Calcutta medical institutions reports 1871-78
Year: 1871
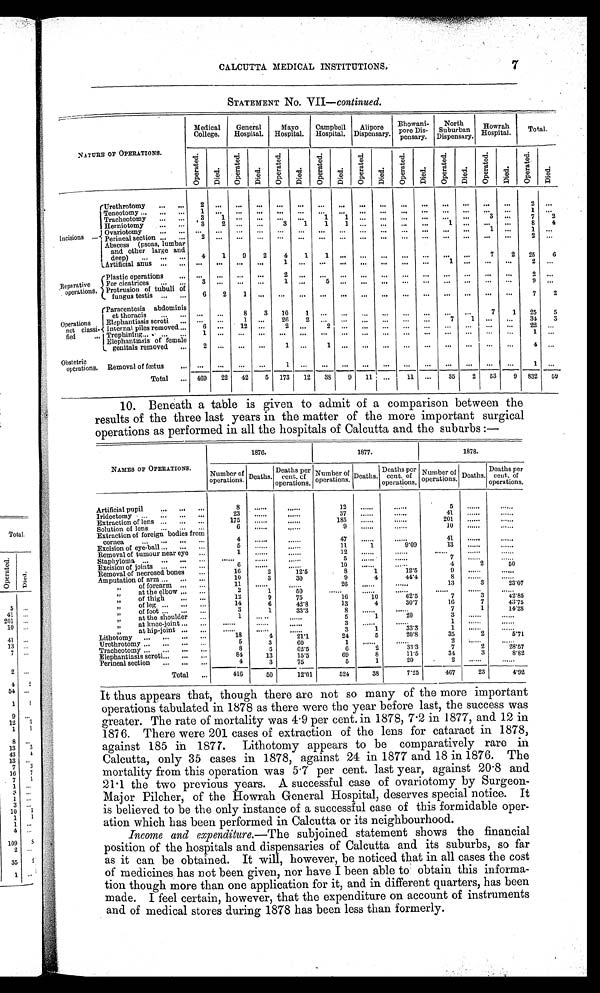
CALCUTTA MEDICAL INSTITUTIONS.
7
STATEMEDT No VII-continued.
NATURE OF OPERATIONS.
Medical
College.
General
Hospital.
Mayo
Hospital.
Campbell
Hospital.
Alipore
Dispensary'
Bhowani-
pore Dis-
pensary.
North
Suburban
dispensary
Howrah
Hospital.
Total.
Oper at ed. Di ed.
Op e r a t e d .
Died. Op e r a t e d . Op e r a t e d .
Died.
Op e r a t e d .
Di ed.
Op e r a t e d .
Di ed.
Oper at ed.
Ope r a t e d.
Di e d.
Op e r a t e d .
Died.
Ope r a t e d.
Died.
Incisions
Urethrotomy
2
. . . ...
. . .
. . .
. . .
. . .
. . .
. . .
. . .
. . .
. . .
. . .
. . .
. . .
. . .
2
. . .
Teneotomy
1
. . .
. . .
. . .
. . .
. . .
. . .
. . .
. . .
. . .
. . .
. . .
. . .
. . .
. . .
. . . 1
. . .
Tracheotomy
3
1
. . .
. . .
. . . . . .
1
1
. . . ...
... ... ... ...
3
. . . 7
2
Herniotomy
3
2
. . . ...
3
1
1
1 . . . ... ... ...
1 ... ... ...
8
4
Ovariotomy
. . .
. . .
. . . ... ...
. . .
. . .
. . . . . .
. . .
. . .
. . .
. . .
. . .
1
. . .
1
. . .
Perineal section
2 ...
. . .
. . .
. . .
. . .
. . .
. . .
. . .
. . .
. . .
. . .
. . .
. . .
. . .
. . .
2 . . .
Abscess (psoas, lumbar
and other large and
deep)
4
1 9
2
4
1
1 ... ...
. . . ...
. . .
. . .
. . .
7
2 25
6
Artificial anus
...
. . .
. . .
. . . 1
. . .
. . .
. . .
. . .
. . .
. . .
. . . 1
. . .
. . .
. . .
2 ...
Reparative
operations.
Plastic OPerationa
. . .
. . .
. . .
. . .
2
. . .
. . .
. . .
. . .
. . .
. . .
. . .
. . .
. . .
. . .
. . .
2
. . .
For cicatrices
3 ... ... ...
1
. . . 5
. . .
. . .
. . .
. . .
. . .
. . .
. . .
. . .
. . .
9
. . .
Protrusion of tubuli of
fungus testis
6
2
1
. . .
. . .
. . .
. . .
. . .
. . .
. . .
. . .
. . .
. . .
. . .
. . .
. . . 7
2
Operations
not classi-
fied
(Paracentesis abdominis
et thoracis
. . . ...
8
3 10
1
. . .
. . .
. . .
. . .
. . .
. . .
. . .
. . .
7
1 25
5
Elephantiasis scroti
... ...
1 ... 26
2
. . .
. . .
. . .
. . . ...
. . . 7
1
. . .
. . . 34
3
Internal piles removed
6 ...
12 ...
2 ...
2
. . .
. . .
. . .
. . . . . . ...
. . .
. . . ...
22
. . .
Trephining
1
. . .
. . .
. . .
. . .
. . .
. . .
. . .
. . . ... ... ...
... ... ... ...
1
...
Elephantiasis of female
genitals removed
2
. . .
. . .
. . . 1
. . . 1
. . .
. . .
. . .
. . .
. . .
. . .
. . .
. . .
. . . 4 ...
Obstetric
operations. Removal of foetus
. . .
. . .
. . .
. . . 1
. . .
. . . ... ...
. . .
. . . ... ... ... ... ...
1 ...
Total
469 22 42
5 173 12 38
9 11 ...
11
. . . 35
2 53 9 832
5 9
10. Beneath a table is given to admit of a comparison between the
results of the three last years in the matter of the more important surgical
operations as performed in all the hospitals of Calcutta and the suburbs :—
NAMES OF OPERATIONS.
1876.
1877.
1878.
Number of
operations.
Deaths. Deaths per
cent. of
operations.
Number of
operations. Deaths.
Deaths per
cent. of
operations.
Number of
operations. Deaths.
Deaths per
cent. of
operations.
Artificial pupil
8
. . . . . .
. . . . . .
12
. . . . . .
. . . . . .
5
. . . . . .
......
Iridectomy
23
. . . . . .
. . . . . .
37
. . . . . .
. . . . . .
41
. . . . . .
. . . . . .
Extraction of lens
175
. . . . . .
. . . . . .
185
. . . . . .
. . . . . .
201
. . . . . .
. . . . . .
Solution of lens
6 ......
. . . . . .
9
. . . . . .
. . . . . .
10
. . . . . .
. . . . . .
Extraction of foreign bodies from
cornea
4
. . . . . .
. . . . . .
47
. . . . . .
. . . . . .
41
. . . . . .
. . . . . .
Excision of eye-ball
5 ......
......
11
1
9.09
13
. . . . . .
. . . . . .
Removal of tumour near eye
1 ......
......
12
. . . . . .
. . . . . .
. . . . . .
. . . . . .
. . . . . .
Staphyloma
......
. . . . . .
. . . . . .
5
. . . . . .
. . . . . .
7
. . . . . .
. . . . . .
Excision of joints
6 ......
......
10
. . . . . .
. . . . . .
4
2
50
Removal of necrosed bones
16
2
12.5
8
1
12.5
9 ......
. . . . . .
Amputation of arm
10
3
30
9
4
44.4
8
. . . . . .
. . . . . .
,, of forearm
11 ......
. . . . . .
26
. . . . . .
. . . . . .
13
3
23.07
, , a t t h e e l b o w
2
1
5 0
......
. . . . . .
. . . . . .
. . . . . .
. . . . . .
. . . . . .
,,
of thigh
12
9
75
16
10
62.5
7
3
42.85
,, of leg
14
6
42.8
13
4
30.7
16
7
43.75
,,
of foot
3
1
33.3
8
. . . . . .
. . . . . .
7
1
14.28
,, at the shoulder
1
. . . . . .
......
5
1
20
3 ......
. . . . . .
,, at knee-joint
. . . . . .
. . . . . .
. . . . . .
3
. . . . . .
. . . . . .
1
. . . . . .
. . . . . .
, , a t h i p - j o i n t
. . . . . .
. . . . . . ......
3
1
33.3
1
......
......
Lithotomy
18
4
21.1
24
5
20.8
35
2
5.71
Urethrotomy
5
3
60
1
. . . . . .
. . . . . .
2
. . . . . .
. . . . . .
Tracheotomy
8
5
62.5
6
2
33.3
7
2
28.57
Elephantiasis scroti
84
13
15.5
69
8
11.5
34
3
8.82
Perineal section
4
3
75
5
1
20
2 ......
......
Total
416
50
12.01
524
38
7.25
467
23
4.92
It thus appears that, though there are not so many of the more important
operations tabulated in 1878 as there were the year before last, the success was
greater. The rate of mortality was 4.9 per cent. in 1878, 7.2 in 1877, and 12 in
1876. There were 201 cases of extraction of the lens for cataract in 1878,
against 185 in 1877. Lithotomy appears to be comparatively rare in
Calcutta, only 35 cases in 1878, against 24 in 1877 and 18 in 1878. The
mortality from this operation was 5.7 per cent. last year, against 20.8 and
21.1 the two previous years. A successful case of ovariotomy by Surgeon-
Major Pilcher, of the Howrah General Hospital, deserves special notice. It
is believed to be the only instance of a successful case of this formidable oper
ation which has been performed in Calcutta or its neighbourhood.
Income and expenditure.—The subjoined statement shows the financial
position of the hospitals and dispensaries of Calcutta and its suburbs, so far
as it can be obtained. It will, however, be noticed that in all cases the cost
of medicines has not been given, nor have I been able to obtain this informa
tion though more than one application for it, and in different quarters, has been
made I feel certain, however, that the expenditure on account of instruments
and of medical stores during 1878 has been less than formerly.